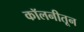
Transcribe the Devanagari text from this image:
कॉलनीतून